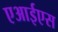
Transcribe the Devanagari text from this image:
एआईएस